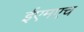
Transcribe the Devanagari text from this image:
ईएमएच